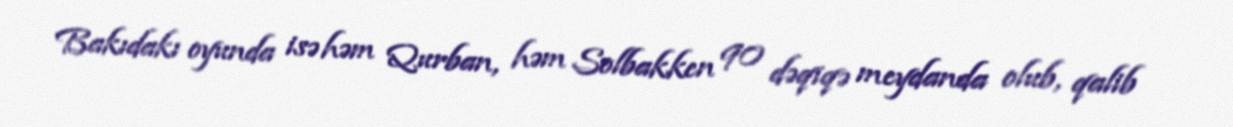
Bakıdakı oyunda isə həm Qurban, həm Solbakken 90 dəqiqə meydanda olub, qalib